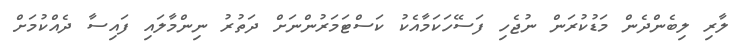
ލާރި ލިބެންދެން މަޑުކުރަން ނުޖެހި ފަސޭހަކަމާއެކު ކަސްޓަމަރުންނަށް ދަތުރު ނިންމާލައި ފައިސާ ދެއްކުމަށް